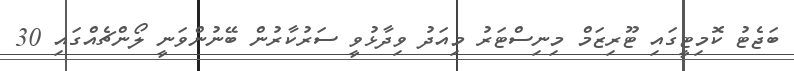
ބަޖެޓު ކޮމިޓީގައި ޓޫރިޒަމް މިނިސްޓަރު މިއަދު ވިދާޅުވީ ސަރުކާރުން ބޭނުންވަނީ ލޯންޗެއްގައި 30